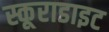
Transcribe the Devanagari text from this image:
स्कूराडाइट